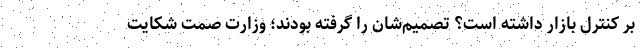
بر کنترل بازار داشته است؟ تصمیم‌شان را گرفته بودند؛ وزارت صمت شکایت